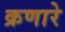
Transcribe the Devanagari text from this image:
क्रणारे